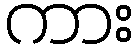
ကား